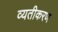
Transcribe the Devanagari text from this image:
व्यतीकरण